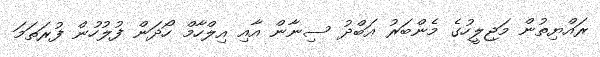
ރައްޔިތުން މަޖިލީހުގެ މެންބަރު އަބްދު ސިނާން އާއި އިލްހާމް ހޯދަން ފުލުހުން ފުރަތަމަ